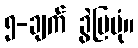
၅-ချက် ခွဲပြပုံ။